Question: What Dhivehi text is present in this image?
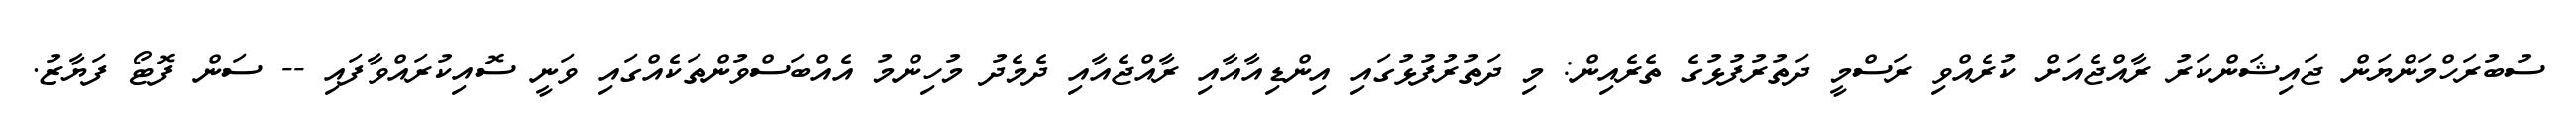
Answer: ސުބުރަހްމަންޔަން ޖައިޝަންކަރު ރާއްޖެއަށް ކުރެއްވި ރަސްމީ ދަތުރުފުޅުގެ ތެރެއިން: މި ދަތުރުފުޅުގައި އިންޑިއާއާއި ރާއްޖެއާއި ދެމެދު މުހިންމު އެއްބަސްވުންތަކެއްގައި ވަނީ ސޮއިކުރައްވާފައި -- ސަން ފޮޓޯ ފަޔާޒު.